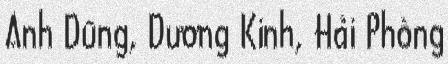
Anh Dũng, Dương Kinh, Hải Phòng